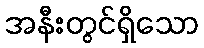
အနီးတွင်ရှိသော